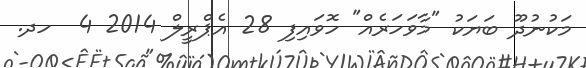
މަކުނުދޫ ބަޔަކު "މާވަހަރެއް" ހޮވައިފި 28 އެޕްރީލް 2014 4  ހދ.